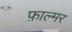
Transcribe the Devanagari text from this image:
फ़ाल्मर